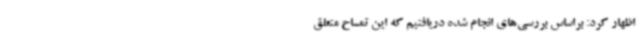
اظهار کرد: براساس بررسی‌های انجام شده دریافتیم که این تمساح متعلق